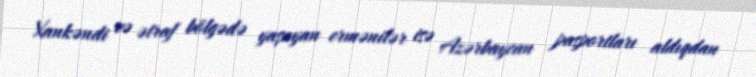
Xankəndi və ətraf bölgədə yaşayan ermənilər isə Azərbaycan pasportları aldıqdan